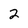
Character: 2